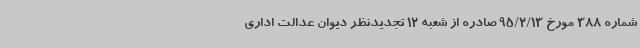
شماره 388 مورخ 95/2/13 صادره از شعبه 12 تجدیدنظر دیوان عدالت اداری